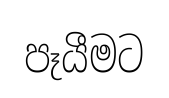
පෑයීමට